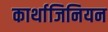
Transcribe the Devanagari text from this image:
कार्थाजिनियन